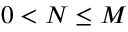
0 < N \leq M